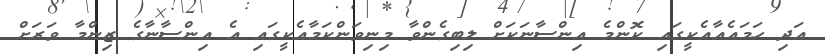
އަދި ހަމައެއާއެކީގައި ކޮންމެ އިންސާނަކަށް ލިބިގެންވާ މިނިވަންކަމާއެކީގައި އެ އިންސާނާގެ ޒިންމާ ވަރަށް